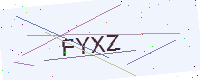
Text: FYXZ